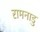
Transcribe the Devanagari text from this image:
रामनाडु